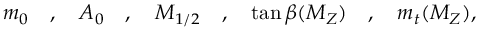
m _ { 0 } \quad , \quad A _ { 0 } \quad , \quad M _ { 1 / 2 } \quad , \quad \tan \beta ( M _ { Z } ) \quad , \quad m _ { t } ( M _ { Z } ) ,